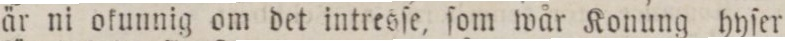
är ni okunnig om det intresſe, ſom wår Konung hyſer